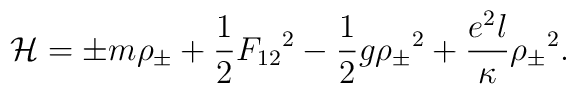
{\cal H} =  {\pm} m {\rho}_{\pm} + {1 \over 2} {F_{12}}^2 - {1 \over 2} g{{\rho}_{\pm}}^2 + {{e^2 l } \over \kappa} {{\rho}_{\pm}}^2 .